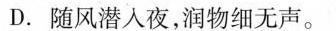
D.随风潜入夜，润物细无声。